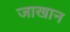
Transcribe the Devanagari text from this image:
जाखान